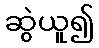
ဆွဲယူ၍